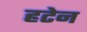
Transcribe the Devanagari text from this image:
हटेन